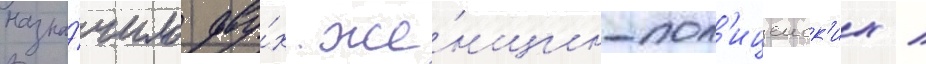
назна́чило дву́х же́нщин-пол'ицеиск'их /